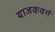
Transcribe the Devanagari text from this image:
याजकवर्ग